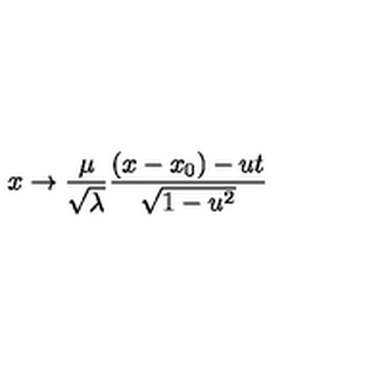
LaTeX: x \rightarrow \frac { \mu } { \sqrt { \lambda } } \frac { ( x - x _ { 0 } ) - u t } { \sqrt { 1 - u ^ { 2 } } }